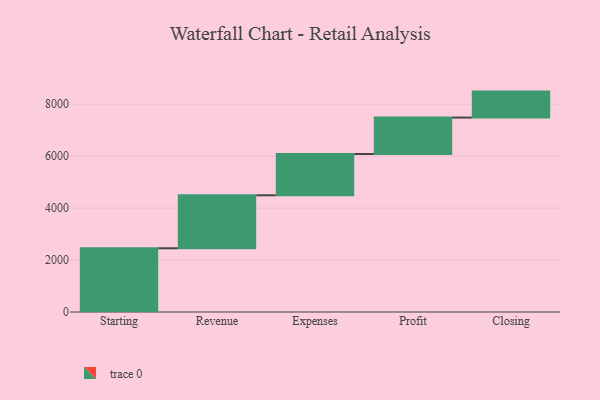
{"axis": {"x": "Step", "y": "Value"}, "legend": [""], "data": [{"x": "Starting", "y": 2453.0, "type": ""}, {"x": "Revenue", "y": 2040.0, "type": ""}, {"x": "Expenses", "y": 1590.0, "type": ""}, {"x": "Profit", "y": 1402.0, "type": ""}, {"x": "Closing", "y": 1000, "type": ""}]}